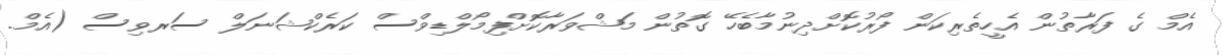
އެމް ގެ ފަރާތުން އެހީތެރިކަން ފޯރުކޮށްދިނުމާބެހޭ ގޮތުން މަޝްވަރާކޮށްފިމޯލްޑިވްސް ކަރެކްޝަނަލް ސަރވިސް (އެމް.